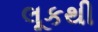
લૂકથી